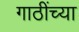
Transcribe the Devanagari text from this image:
गाठींच्या